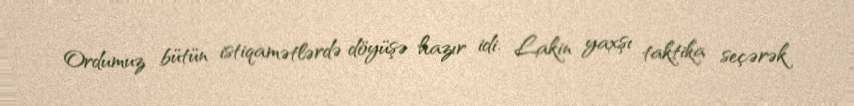
Ordumuz bütün istiqamətlərdə döyüşə hazır idi. Lakin yaxşı taktika seçərək